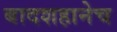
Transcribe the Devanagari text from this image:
बादशहानेच